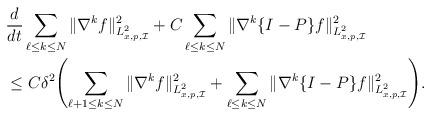
LaTeX: \begin{align*}&\frac{d}{dt}\sum_{\ell\le k\le N} \|\nabla^k f\|^2_{L^2_{x,p,\mathcal{I}}}+C \sum_{\ell\le k\le N}\|\nabla^k \{I-P\}f\|^2_{L^2_{x,p,\mathcal{I}}}\cr&\le C\delta^2\Biggl(\sum_{\ell+1\le k\le N}\|\nabla^{k}f\|^2_{L^2_{x,p,\mathcal{I}}}+\sum_{\ell\le k\le N}\|\nabla^k \{I-P\}f\|^2_{L^2_{x,p,\mathcal{I}}}\Biggl).\end{align*}